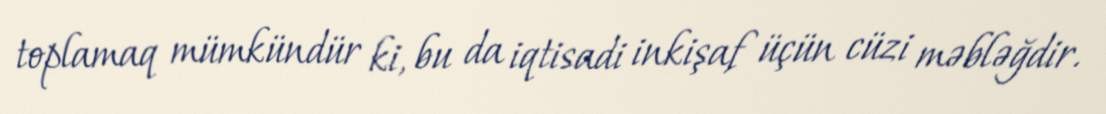
toplamaq mümkündür ki, bu da iqtisadi inkişaf üçün cüzi məbləğdir.